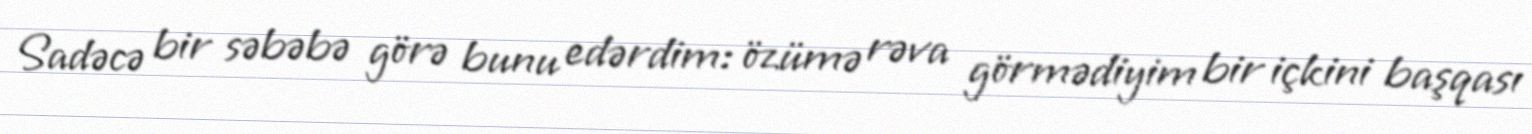
Sadəcə bir səbəbə görə bunu edərdim: özümə rəva görmədiyim bir içkini başqası